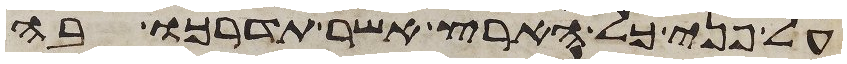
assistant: על פני כל הארץ אשר תדרכו בה